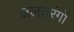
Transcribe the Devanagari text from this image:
जलतरंगों